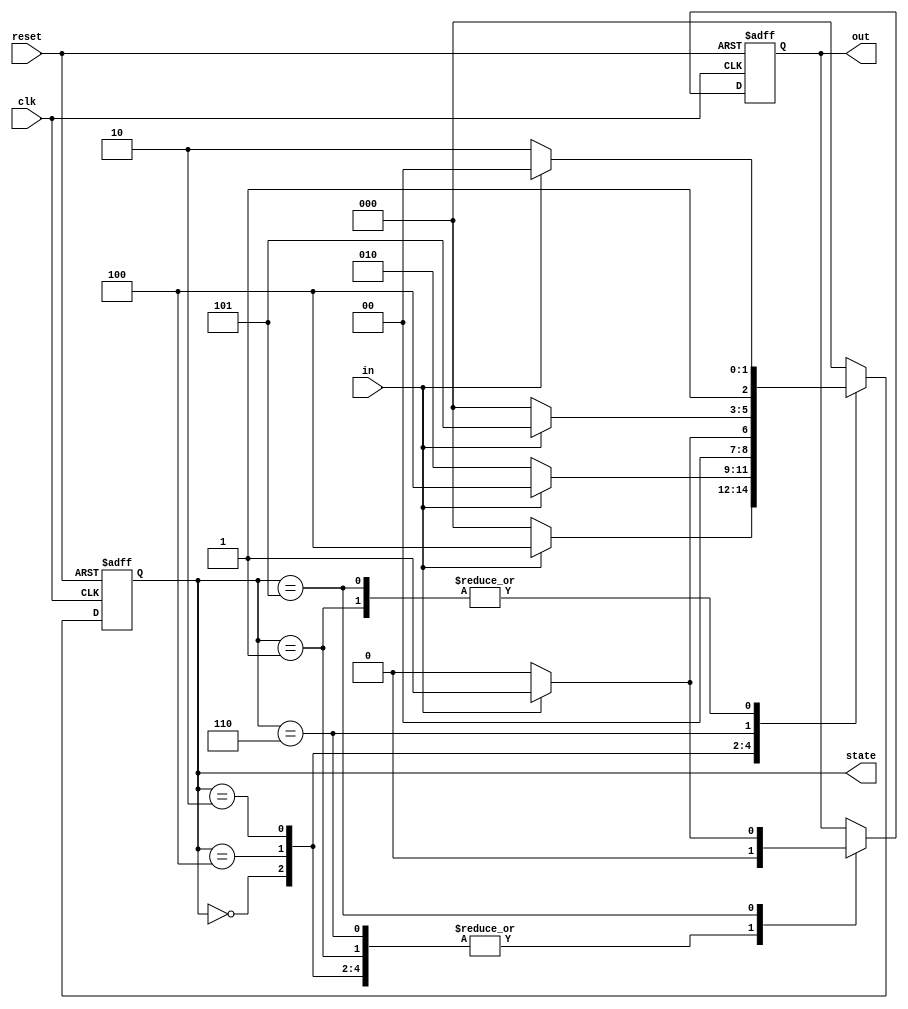
`timescale 1ns/1ns
module Sequence_detector(clk,reset,in,out,state);

	input clk,reset,in;
	output out;
	output [2:0] state;
	reg out;
	reg [2:0] state;
	
	always @(negedge reset or posedge clk)
	begin
		if(~reset)
		begin
			state<=3'b000;
			out<=0;
		end
		else
		begin
			case(state)
			3'b000:
			begin
				if(in==0)
				begin
					state<=3'b000;
					out<=0;
				end
				else
				begin
					state<=3'b100;
					out<=0;
				end
			end
			3'b100:
			begin
				if(in==0)
				begin
					state<=3'b010;
					out<=0;
				end
				else
				begin
					state<=3'b100;
					out<=0;
				end
			end
			3'b010:
			begin
				if(in==0)
				begin
					state<=3'b000;
					out<=0;
				end
				else
				begin
					state<=3'b001;
					out<=0;
				end
			end
			3'b001:
			begin
				if(in==0)
				begin
					state<=3'b110;
					out<=0;
				end
				else
				begin
					state<=3'b100;
					out<=0;
				end
			end
			3'b110:
			begin
				if(in==0)
				begin
					state<=3'b000;
					out<=0;
				end
				else
				begin
					state<=3'b101;
					out<=0;
				end
			end
			3'b101:
			begin
				if(in==0)
				begin
					state<=3'b110;
					out<=0;
				end
				else
				begin
					state<=3'b100;
					out<=1;
				end
			end
			default:
				state<=3'b000;
			endcase
		end
	end

endmodule